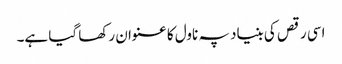
اسی رقص کی بنیاد پہ ناول کا عنوان رکھا گیا ہے۔